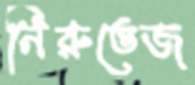
নিরুত্তেজ